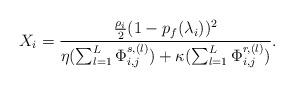
LaTeX: \begin{align*} X_{i} =\frac{\frac{\rho _{i} }{2} (1-p_{f} (\lambda _{i} ))^{2} }{\eta (\sum _{l=1}^{L}\Phi _{i,j}^{s,(l)} )+\kappa (\sum _{l=1}^{L}\Phi _{i,j}^{r,(l)} )} . \end{align*}